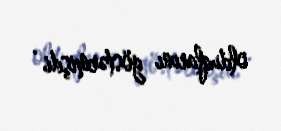
olduqlarını göstərmişdi .